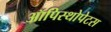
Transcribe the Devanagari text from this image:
ऑपिस्थोपेटस